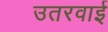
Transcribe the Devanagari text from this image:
उतरवाई